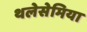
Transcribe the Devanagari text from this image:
थलेसेमिया